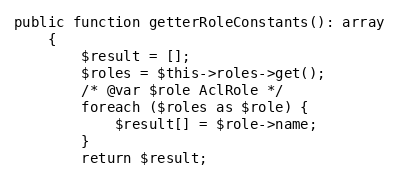
Language: PHP
public function getterRoleConstants(): array
	{
		$result = [];
		$roles = $this->roles->get();
		/* @var $role AclRole */
		foreach ($roles as $role) {
			$result[] = $role->name;
		}
		return $result;